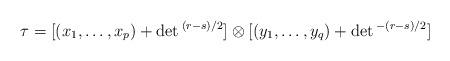
LaTeX: \begin{align*}\tau=[(x_1,\ldots, x_p)+ \det{}^{(r-s)/2}]\otimes [(y_1,\ldots, y_q)+\det{}^{-(r-s)/2}]\end{align*}